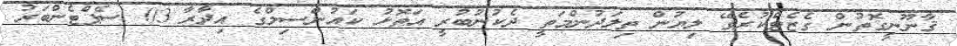
ޤާނޫނީގޮތުން ގެޒެޓްކުރެވޭ ލިޔުން ތިލަދުންމަތީ ދެކުނުބުރީ އަތޮޅު ކައުންސިލްގެ އިދާރާ 03 ސެޕްޓެންބަރު